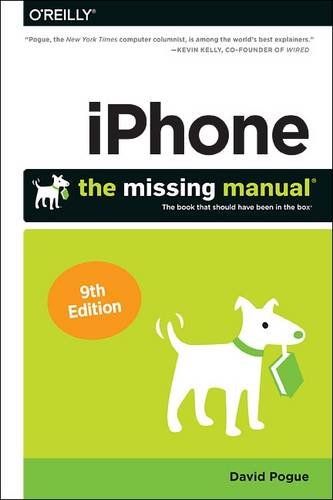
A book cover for iPhone: The Missing Manual; David Pogue; Arts & Photography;